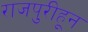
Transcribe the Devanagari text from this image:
राजपुरीहून